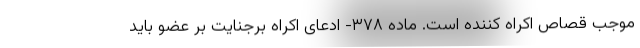
موجب قصاص اکراه کننده است. ماده ۳۷۸- ادعای اکراه برجنایت بر عضو باید